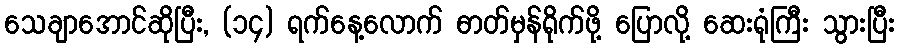
သေချာအောင်ဆိုပြီး, (၁၄) ရက်နေ့လောက် ဓာတ်မှန်ရိုက်ဖို့ ပြောလို့ ဆေးရုံကြီး သွားပြီး